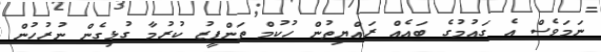
ނަމަވެސް އެ ގައުމުގެ ބައެއް ރައްޔިތުން ހުކުމް ތަންފީޒު ކުރުމާ ގުޅިގެން ނުރުހުން